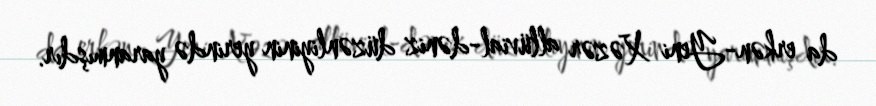
da erkən-Yeni Xəzər allüvial-dəniz düzənliyinin yerində yaranmışdır.